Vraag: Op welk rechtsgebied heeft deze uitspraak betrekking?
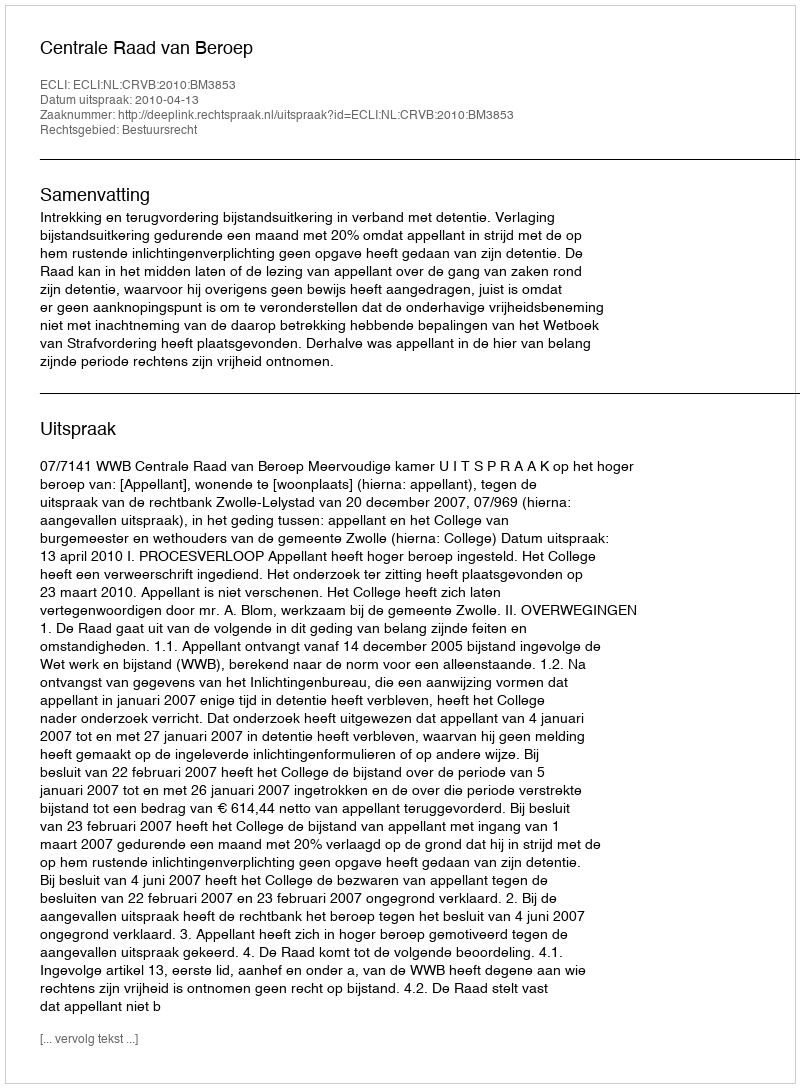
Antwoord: Bestuursrecht